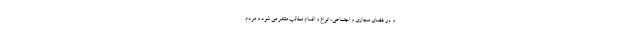
و در فضای مجازی و اجتماعی، انواع و اقسام مطالب منتشر می شود و مردم